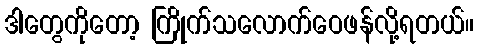
ဒါတွေကိုတော့ ကြိုက်သလောက်ဝေဖန်လို့ရတယ်။